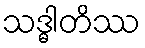
သဒ္ဓါတိဿ